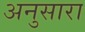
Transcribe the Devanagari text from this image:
अनुसारा